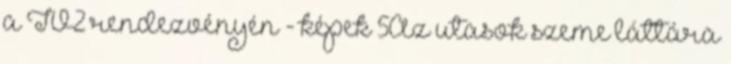
a TV2 rendezvényén - képek 5Az utasok szeme láttára